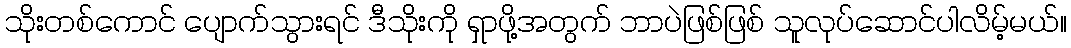
သိုးတစ်ကောင် ပျောက်သွားရင် ဒီသိုးကို ရှာဖို့အတွက် ဘာပဲဖြစ်ဖြစ် သူလုပ်ဆောင်ပါလိမ့်မယ်။